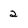
Character: 2